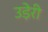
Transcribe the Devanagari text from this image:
उड़ेरी